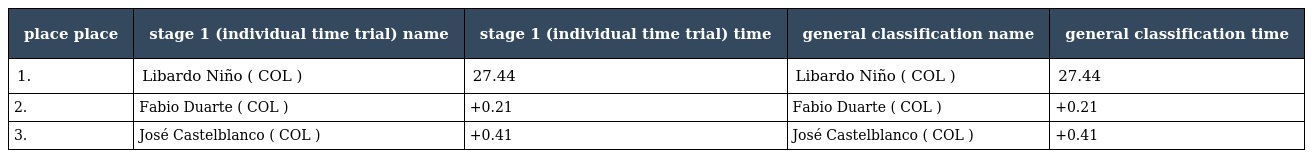
| place place | stage 1 (individual time trial) name | stage 1 (individual time trial) time | general classification name | general classification time |
 | --- | --- | --- | --- | --- |
 | 1. | Libardo Niño ( COL ) | 27.44 | Libardo Niño ( COL ) | 27.44 |
 | 2. | Fabio Duarte ( COL ) | +0.21 | Fabio Duarte ( COL ) | +0.21 |
 | 3. | José Castelblanco ( COL ) | +0.41 | José Castelblanco ( COL ) | +0.41 |